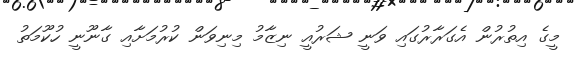
މީގެ އިތުރުން އެގަރާރުގައި ވަނީ ޝަރުއީ ނިޒާމު މިނިވަން ކުރުމަށާއި ގާނޫނީ ހުކޫމަތު